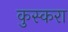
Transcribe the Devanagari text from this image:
कुस्करा